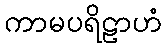
ကာမပရိဠာဟံ